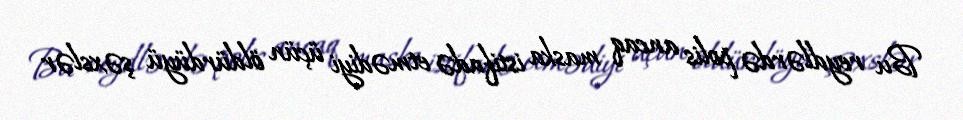
Bu reydlərdə polis ancaq maska istifadə etmədiyi üçün öldürdüyü şəxslər